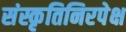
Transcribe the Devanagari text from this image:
संस्कृतिनिरपेक्ष